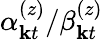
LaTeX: \alpha_{\mathbf{k}t}^{(z)}/\beta_{\mathbf{k}t}^{(z)}